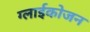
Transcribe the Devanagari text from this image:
ग्लाईकोजन